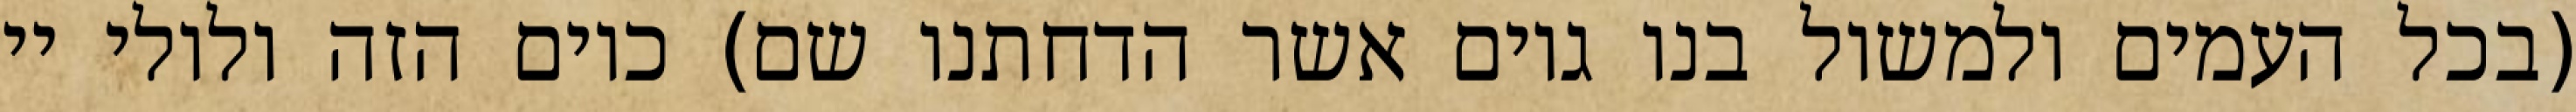
(בכל העמים ולמשול בנו גוים אשר הדחתנו שם) כיום הזה ולולי יי